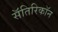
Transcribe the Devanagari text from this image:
सॅतिरिकॉन